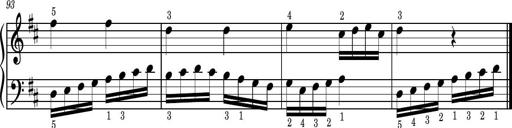
Title: Easy Progressive Lessons and 4 Sonatinas
Composer: Thomas Attwood